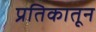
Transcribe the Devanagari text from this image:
प्रतिकातून